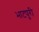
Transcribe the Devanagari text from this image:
भाटपुरी